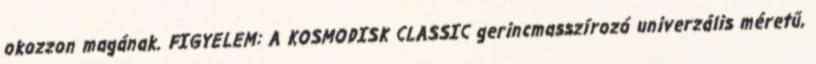
okozzon magának. FIGYELEM: A KOSMODISK CLASSIC gerincmasszírozó univerzális méretű,